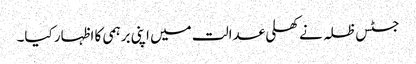
جسٹس ظلہ نے کھلی عدالت میں اپنی برہمی کا اظہار کیا۔